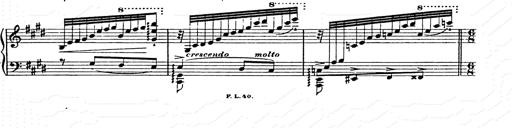
Title: Ab irato
Composer: Franz Liszt